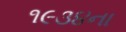
૧૯૩૪ના